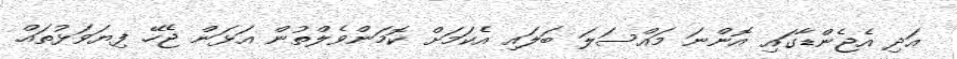
އަދި އެޖެންޑާގައި އޮންނަ މައްސަލަ ބަލައި އެކަމަށް ކޮމަންވެލްތުން އަޅަން ޖެހޭ ފިޔަވަޅުތައް